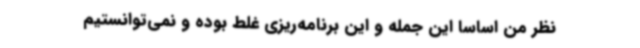
نظر من اساساً این جمله و این برنامه‌ریزی غلط بوده و نمی‌توانستیم